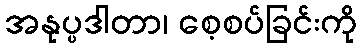
အနုပ္ပဒါတာ၊ စေ့စပ်ခြင်းကို